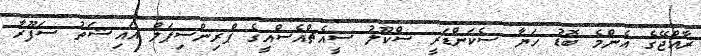
ރާއްޖޭގެ އެންމެ ބޮޑު ހަޔާ ސެކަންޑަރީ ސްކޫލު ސީއެޗްއެސްއީގެ ޕްރިންސިޕަލް އައިޝަތު ސަފޫރާ